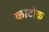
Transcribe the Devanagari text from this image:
काटोक